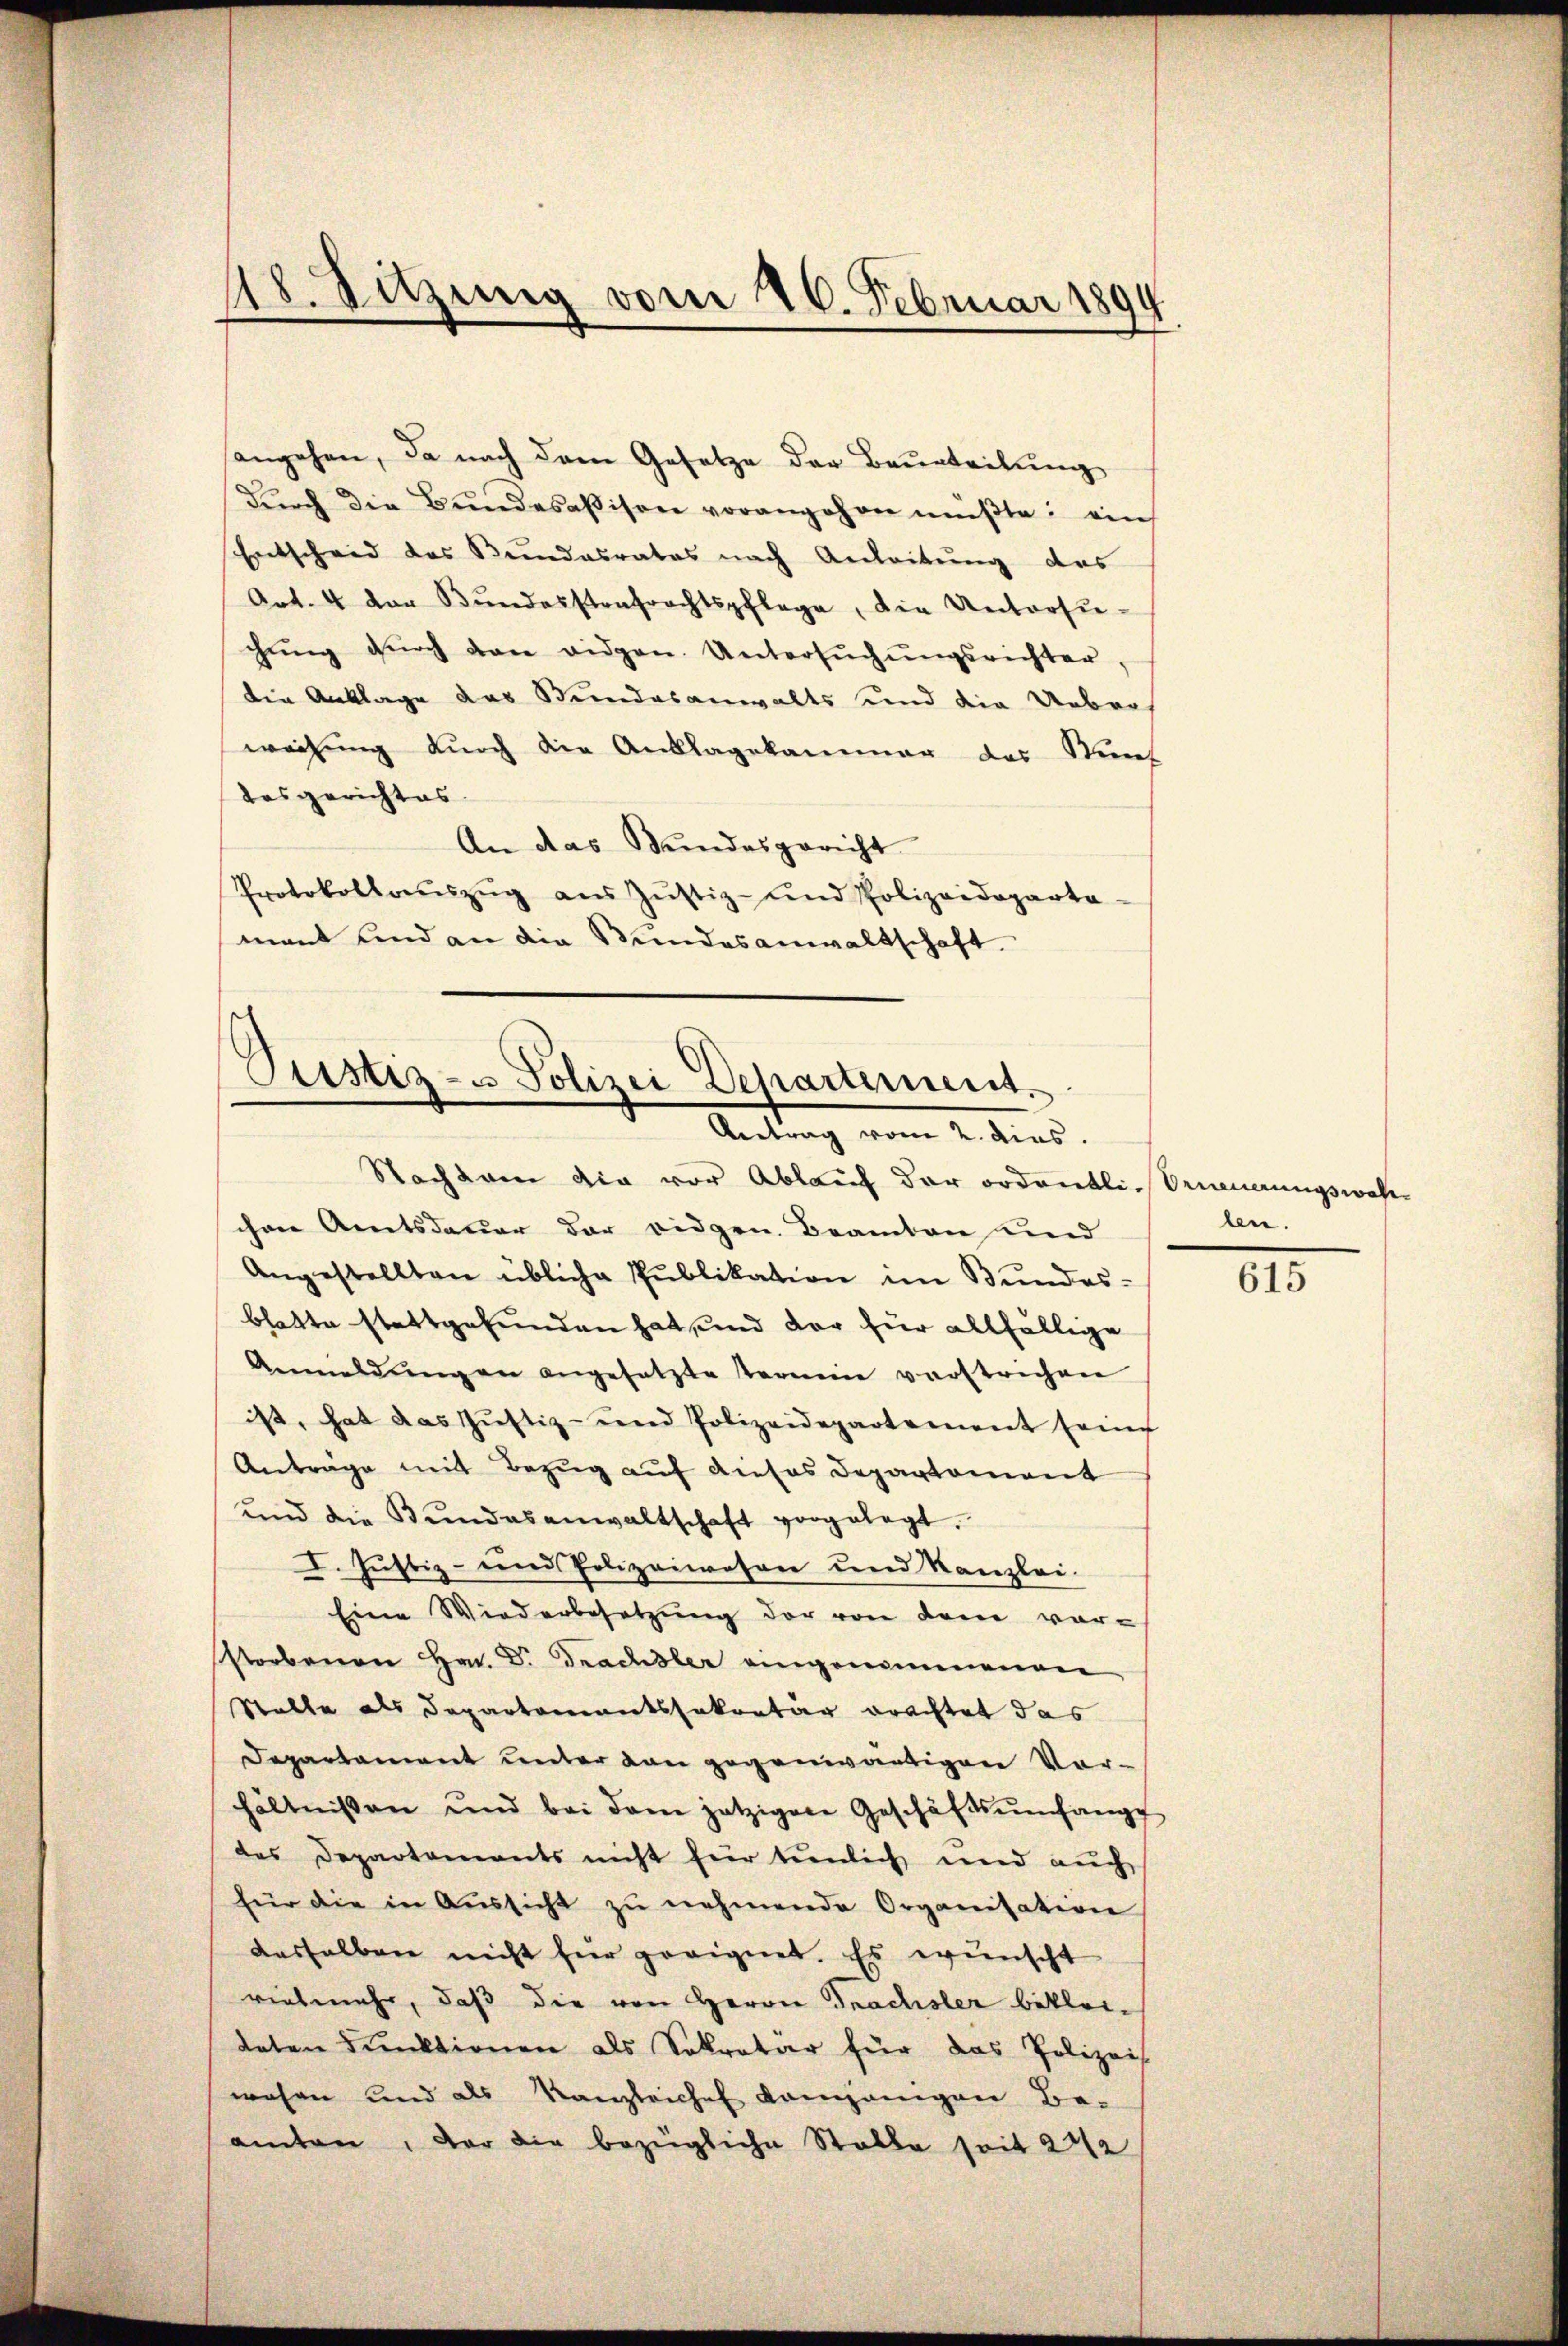
angehen, da nach dem Gesetze der Beurteilung
dŭrch die Bŭndesaβison vorangehen mŭβte: ein
Entscheid des Bundesrates nach Anleitung des
Art. 4 der Bŭndesstrafrechtspflege, die Untersu-
chŭng dŭrch den eidgen. Untersŭchŭngsrichter,
die Anklage das Stundesanwalts und die Uebers
weihung durch die Anklagekammer das Stun
desgerichtes.
An das Bundesgericht
Protokollaŭszŭg aŭs Jŭstiz- und Polizeideparta-
mant und an die Stundesanwaltschaft

18. Sitzung vom 26. Februar 1894

Pustiz- u Polizei Departement.
Antrag vom 2. dies.

Nachdem die vor Ablauf der ordentli, Orneuerungswahn
chen Amtsdauer der eidgen. Beamten und
Angestellten übliche Publikation im Bundes-
blatte stattgefunden hat, und der für allfällige
Anmeldŭngen angesetzte Termin verstrichen
ist, hat das Justiz- und Polizeidepartement seine
Anträge mit Bezug auf dieses Departement
und die Bŭndesanwaltschaft vorgelegt.
I. Justiz- und Polizeiwesen und Kanzlei.
Eine Wiederbesetzung der von denn vor-
storbenen Hrn. Dr. Trachsler eingenommenen
Stelle als Departementssekretär brachtet das
Departament unter dan gegenwärtigen Vorhältnissen und bei dem jetzigere Geschäftsumfange
des Departements nicht für tunlich und auch
für die in Aŭssicht zŭ nehmende Organisation
dasselben nicht für geeignet. Es wünscht
vielmehr, daß die von Herrn Trachsler bekleiteten Funktionen als Sekretär für das Polizeis
wohen und als Kanzleiches demjenigen Be-
amten, der die bezügliche Stalle seit 272

ben.

615